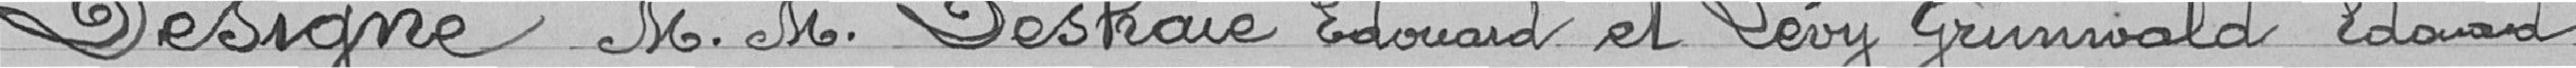
Désigne Messieurs Deshaies Edouard et Lévy Grunwald Edouard